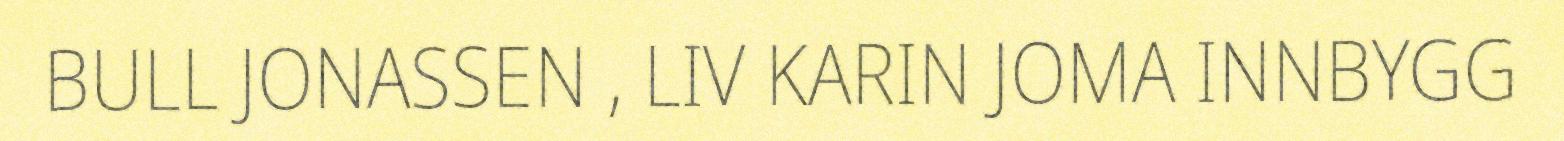
BULL JONASSEN , LIV KARIN JOMA INNBYGG